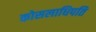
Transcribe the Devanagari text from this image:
कोसलाधिपति